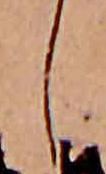
し